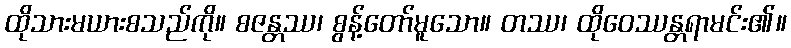
ထိုသားမယားစသည်ကို။ စဇန္တဿ၊ စွန့်တော်မူသော။ တဿ၊ ထိုဝေဿန္တရာမင်း၏။